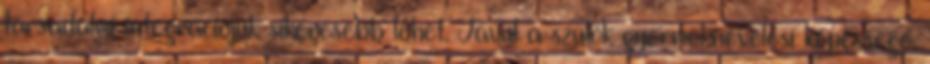
társadalmi integrációjuk sikeresebb lehet. Javul a szülők gyermeknevelési képessége.